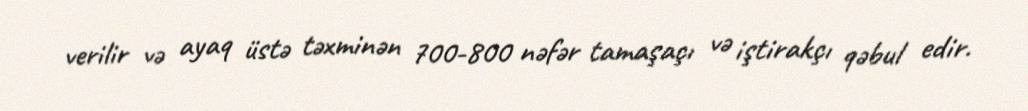
verilir və ayaq üstə təxminən 700-800 nəfər tamaşaçı və iştirakçı qəbul edir.